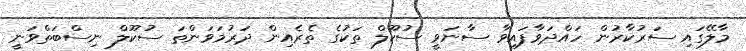
މާލޭގައި ސަރުކާރުން ހައްދަވާފައިވާ ސާނަވީ ސުކޫލް ތަކުގެ ތެރެއިން ދަރުމަވަންތަ ސުކޫލް ނިސްބަތްވަނީ